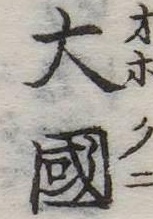
大国